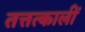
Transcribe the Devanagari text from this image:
तत्तत्कालीं